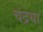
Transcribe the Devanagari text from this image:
चंद्रया